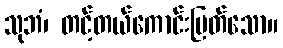
သုဘံ၊ တင့်တယ်ကောင်းမြတ်သော။